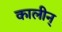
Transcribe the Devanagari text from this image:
कालीन्